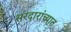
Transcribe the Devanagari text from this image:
सरदारांच्यात